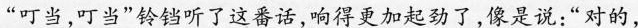
”叮当，叮当”铃铛听了这番话，响得更加起劲了，像是说：”对的，